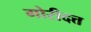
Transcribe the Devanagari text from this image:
गोरीदत्त